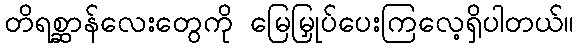
တိရစ္ဆာန်လေးတွေကို မြေမြှုပ်ပေးကြလေ့ရှိပါတယ်။